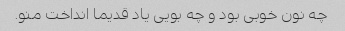
چه نون خوبی بود و چه بویی یاد قدیما انداخت منو.